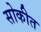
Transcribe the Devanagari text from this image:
सोकीत